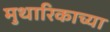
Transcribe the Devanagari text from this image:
मुथारिकाच्या